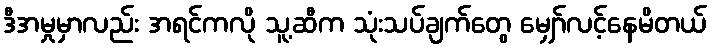
ဒီအမှုမှာလည်း အရင်ကလို သူ့ဆီက သုံးသပ်ချက်တွေ မျှော်လင့်နေမိတယ်